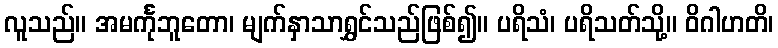
လူသည်။ အမင်္ကုဘူတော၊ မျက်နှာသာရွှင်သည်ဖြစ်၍။ ပရိသံ၊ ပရိသတ်သို့။ ဝိဂါဟတိ၊